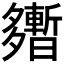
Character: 𡗎